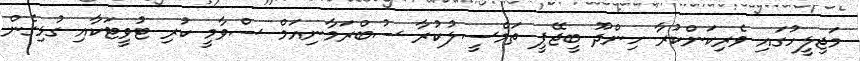
މަޖިލީހުގައި ވެރިކަންކުރާ ހިންދޫ ބީޖޭޕީ ތަމްސީލުކުރާ ސުބްރަމާނިއަމް ސްވާމީ ކުރި ޓުވީޓަކާއި ގުޅިގެން